Vital statistics of India. Vol. IV, Annual returns from 1871 to 1876. British Army of India, Native Army and jails of Bengal
Year: 1871
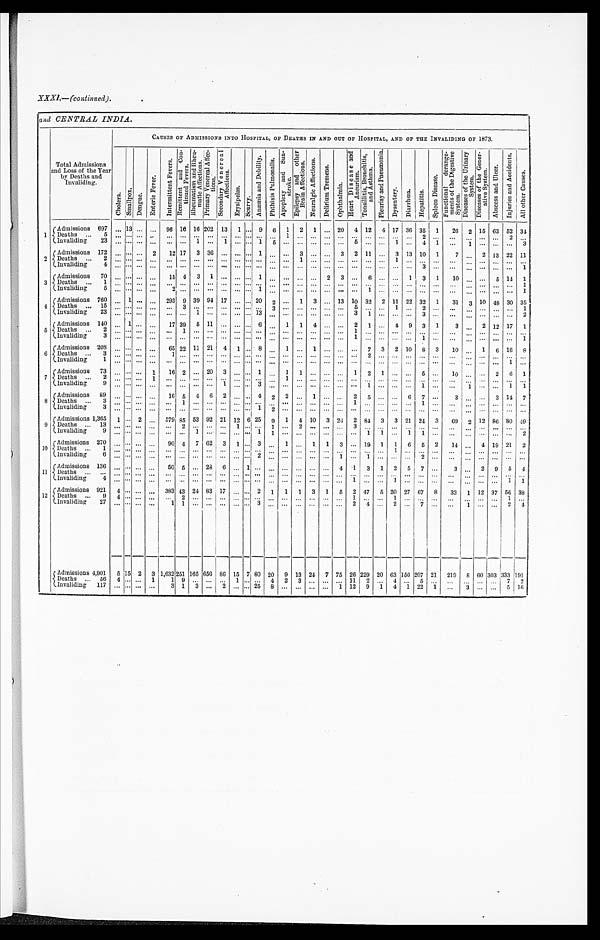
XXXI,—(continued).
and CENTRAL INDIA.
Total Admissions
and Loss of the Year
by Deaths and
Invaliding.
CAUSES OF ADMISSIONS INTO HOSPITAL, OF DEATHS IN AND OUT OF HOSPITAL, AND OF THE INVALIDING OF 1873.
C h o l e r a .
Sma l l pox.
D e n g u e .
En t e r i c F e v e r .
I n t e r m i t t e n t F e v e r s . R e m i t t e n t a n d C o n - t i n u e d F e v e r s . R h e u ma t i s m a n d R h e u - ma t i c A f f e c t i o n s .
P r i ma r y Ve n e r e a l Af f e c - t i o n s .
S e c o n d a r y V e n e r e a l A f f e c t i o n s .
Er ys i pel as .
S c u r v y .
A n æ m i a a n d D e b i l i t y .
P h t h i s i s P u l m o n a l i s .
A p o p l e x y a n d S u n - s t o r k e .
E p i l e p s y a n d o t h e r B r a i n A f f e c t i o n s .
N e u r a l g i c A f f e c t i o n s .
D e l i r i u m T r e m e n s .
O p h t h a l m i a .
H e a r t D i s e a s e a n d A n e u r i s m .
T o n s i l l i t i s , B r o n c h i t i s , a n d As t h ma .
P l e u r i s y a n d P n e u m o n i a .
D y s e n t e r y . D i a r r h œ a .
H e p a t i t i s .
S p l e e n D i s e a s e .
F u n c t i o n a l d e r a n g e - m e n t s o f t h e D i g e s t i v e S y s t e m .
D i s e a s e s o f t h e U r i n a r y S y s t e m .
D i s e a s e s o f t h e G e n e r - a t i v e S y s t e m .
A b s c e s s a n d U l c e r .
I n j u r i e s a n d Ac c i d e n t s .
A l l o t h e r C a u s e s .
1 Admissions 697
. . . 13
. . . . . . 96 16 16 202 13
1
. . . 9
6
1
2
1
. . .
20
4 12
4 17 36 35
1
26
2
15 63 52 34
D e a t h s . . . 5
. . . . . .
. . .. . .
. . .
. . .. . . . . .
. . .. . .
. . .
. . .
. . .
1
. . .
. . .
. . .
. . .. . . . . .
. . .
. . .
. . .
2
. . .
. . .
. . . . . .
. . .
2
. . .
I n v a l i d i n g 2 3
. . . . . .
. . .. . .
. . .
. . .1
. . .
1 . . .
. . .
1
5
. . .
. . .
. . .
. . .
. . .5
. . .
. . .
1
. . .
4
1
. . .
1 . . .
. . .
. . .
3
2
Admissions 172
. . . . . .
. . . 2
12 17
3 36
. . .. . .
. . .
1
. . .
. . .
3
. . .
. . .
3
2 11
. . .
3 13 10
1
7
. . .2
1 3 22
1 1
Deaths . . . 2
. . . . . .
. . . . . .
. . .
. . . . . .
. . .
. . . . . .
. . .
. . .
. . .
. . .
1
. . .
. . .
. . .. . . . . .
. . .
1
. . .
. . .
. . .
. . .
. . .
. . .
. . . . . .
. . .
Invaliding 4
. . . . . .
. . . . . .
. . .
. . .. . . . . .
. . .. . .
. . .
. . .
. . .
. . .
. . .
. . .
. . .
. . .. . . . . .
. . .
. . .
. . . 3
. . .
. . .
. . . . . .
. . . . . .
1
3
Admissions 70
. . . . . .
. . . . . .
15 4
3
1
. . . . . .
. . . 1
. . .
. . .
. . .
. . . 2
3 . . .
6
. . .
. . .
1 3
1
10
. . .. . .
5 14
1
Deaths 1
. . . . . .
. . . . . .
. . .
. . . . . .. . .
. . .. . .
. . .
. . .
. . .
. . .
. . .
. . .
. . .
. . .. . .
. . .
. . .
. . .
. . .
. . .
. . .
. . .
. . . . . .
. . .. . .
1
Invaliding 5
. . . . . .
. . .
. . .
2
. . . . . .. . .
. . .. . .
. . .
1
. . .
. . .
. . .
. . .
. . .
. . .. . .
1
. . .
. . .
. . .
. . .
. . .
. . .
. . .. . .
. . .. . .
1
4
Admissions 760
. . . 1
. . . . . .
293 9 39 94 17 . . .
. . . 20
2
. . .
1
3
. . . 13 10 32
2 11 22
3 2
1
31
3
10 48 30 35
Deaths . . . 15
. . . . . .
. . .. . .
. . .
3 . . . . . .
. . .. . .
. . .
. . .
3
. . .
. . .
. . .
. . .
. . .5
. . .
. . .
1
. . . 2
. . .
. . .
. . . . . .
. . .. . .
1
Invaliding 23
. . . . . .
. . .. . .
. . .
. . .1
. . .
. . .. . .
. . .
1 3
. . .
. . .
. . .
. . .
. . .
. . .3
1
. . .
. . .
. . .
3
. . .
. . .
. . .. . .
. . .. . .
2
5
Admissions 140
. . . 1
. . . . . . 17 39
5 11
. . . . . .
. . . 6
. . .
1
1
4
. . .
. . . 2
1
. . . 4
9
3
1
3
. . .
2 12 17
1
Deaths . . . 2
. . . . . .
. . .. . .
. . .
1 . . .. . .
. . .. . .
. . .
. . .
. . .
. . .
. . .
. . .
. . .
. . .1
. . .
. . .
. . .
. . .
. . .
. . .
. . .
. . . . . .
. . .. . .
. . .
Invaliding 3
. . . . . .
. . . . . .
. . .
. . . . . . . . .
. . . . . .
. . .
. . .
. . .
. . .
. . .
. . .
. . .
. . . 1
. . .
. . .
. . .
. . .
1
. . .
. . .
. . .
. . .
. . .
. . .
1
6
Admissions 208
. . . . . .
. . . . . . 65 22 11 21
4
1
. . . 8
. . . 1
. . . 1
. . .
. . . . . .
7 3
2 10
8
3
10
. . .
1
6 16
8
Deaths . . . 3
. . . . . .
. . . . . .
1
. . .. . . . . .
. . .. . .
. . .
. . .
. . .
. . .
. . .
. . .
. . .
. . . . . .
2
. . .
. . .
. . .
. . .
. . .
. . .
. . .. . .
. . . . . .
. . .
Invaliding 1
. . . . . .
. . .. . .
. . .
. . .. . . . . .
. . .. . .
. . .
. . .
. . .
. . .
. . .
. . .
. . .
. . . . . .
. . .
. . .
. . .
. . .
. . .
. . .
. . .
. . .. . .
. . . 1
. . .
7
Admissions 73
. . . . . .
. . .
1
16 2 . . . 20
3
. . .
. . . 1
. . . 1
1
. . .
. . .
. . .
1
2
1
. . .
. . .
5
. . .
1 0
. . .. . .
2
6
1
Deaths . . . 2
. . . . . .
. . .1
. . .
. . .. . . . . .
. . . . . .
. . .
. . .
. . .
1
. . .
. . .
. . .
. . . . . . . . .
. . .
. . . . . .
. . .
. . .
. . .
. . . . . .
. . . . . .
. . .
Invaliding 9
. . . . . .
. . .. . .
. . .
. . .. . . . . .
1 . . .
. . .
3
. . .
. . .
. . .
. . .
. . .
. . .. . . 1
. . .
. . .
. . .
1
. . .
. . .
1 . . .
. . . 1
1
8
Admissions 89
. . . . . .
. . . . . .
1 6
5 4
6
2 . . .
. . .
4
2
2
. . .
1
. . .
. . .2
5
. . .
. . .
6
7
. . .
3
. . .. . .
3
14
7
Deaths . . . 3
. . . . . .
. . .. . .
. . .
1 . . . . . .
. . . . . .
. . .
. . .
. . . . . .
. . .
. . . . . .
. . . 1
. . .
. . .
. . .
. . .
1 . . .
. . .
. . .. . .
. . . . . .
. . .
Invaliding 3
. . . . . .
. . .
. . .
. . .
. . .. . . . . .
. . .
. . .
. . . 1
2
. . .
. . .
. . .
. . .
. . .
. . . . . .
. . .
. . .
. . .
. . .
. . .
. . .
. . . . . .
. . . . . .
. . .
9
Admissions 1,365
1 . . . 2 . . .
579 85 53 92 21 12 6 25
9
1
4 10
3 24
2 84
3
3 21 24
3
69
2
12 86 80 49
Deaths . . . 13
. . . . . .
. . .. . .
. . .
2 . . . . . .
. . .1
. . .
. . .
1
. . .
2
. . .
. . .
. . .
3 . . .
. . .
. . .
. . .
. . .
. . .
. . .
. . . . . .
. . . . . .
. . .
Invaliding 9
. . . . . .
. . .
. . .
. . .
. . . 1
. . .
. . .. . .
. . .
1
1
. . .
. . .
. . .
. . .
. . .. . . 1
1
. . .
1 1
. . .
. . .
. . . . . .
. . .
. . .
2
10
Ad mi s s i o n s 2 7 0
. . . . . .
. . .. . .
90 4
7 62
3
1
. . .
3
. . .
1
. . .
1
1
3 . . . 19
1
1
6
5
2
14
. . .
4
1 9
21
2
Deaths . . . 1
. . . . . .
. . .. . .
. . .
. . . . . .. . .
. . .. . .
. . .
. . .
. . .
. . . . . .
. . .
. . .
. . .. . . . . .
. . .
1
. . .
. . .
. . .
. . .
. . .. . .
. . . . . .
. . .
Invaliding 6
. . . . . .
. . .. . .
. . .
. . . . . .. . .
. . .. . .
. . .
2
. . .
. . .
. . .
. . .
. . .
1 . . . 1
. . .
. . .
. . .
2
. . .
. . .
. . . . . .
. . .
. . .
. . .
11
A d m i s s i o n s 1 3 6
. . . . . .
. . .. . .
50 5 . . . 28
6
. . .
1
. . .
. . .
. . .
. . .
. . .
. . .
4
1
3
1
2
5
7
. . .
3
. . .
2
9
5
4
Deaths . . .
. . . . . .
. . . . . .
. . .
. . .. . . . . .
. . . . . .
. . .
. . .
. . .
. . .
. . .
. . .
. . .
. . .. . .
. . .
. . .
. . .
. . .
. . .
. . .
. . .
. . . . . .
. . . . . .
. . .
Invaliding 4
. . . . . .
. . . . . .
. . .
. . . . . . . . .
. . . . . .
. . .
. . .
. . .
. . .
. . .
. . .
. . .
. . . 1
. . .
. . .
1
. . .
. . .
. . .
. . .
. . . . . .
. . . 1
1
12
Admissions 921
4 . . .
. . . . . .
383 43 24 83 17
. . .
. . . 2
1
1
1
3
1
5
2 47
5
2 0 27 67
8
33
1 12 37 56 38
Deaths . . . 9
4 . . .
. . . . . .
. . . 2 . . . . . .
. . . . . .
. . .
. . .
. . . . . .
. . .
. . .
. . .
. . .1
. . .
. . .
1
. . .
. . .
. . .
. . .
. . .. . .
. . . 1
. . .
Invaliding 27
. . .
. . .
. . . . . .
1 1
. . . . . .
. . .
. . .
. . .
3
. . .
. . .
. . .
. . .
. . .
. . .
2
4
. . .
2
. . .
7
. . .
. . .
1 . . .
. . . 2
4
Admissions 4,901
5 15 2
3 1,632 251 165 656 86 15 7 80 20
9 13 24
7 75 26 229 20 63 156 207 21
219
8 60 303
3 3 3
1 9 1
D e a t h s . . . 5 6
4 . . .
. . . 1
1 9 . . . . . .
. . .
1
. . . . . . 4
2
3
. . .
. . .
. . . 11
2
. . . 4
. . . 5
. . .
. . .
. . . . . .
. . .
7
2
Invaliding 117
. . . . . .
. . . . . .
3 1
3 . . .
2 . . .
. . . 25
8
. . .
. . .
. . .
. . .
1 12
9
1
4
1 22
1
. . .
3
. . .
. . .
5 16